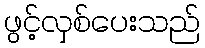
ဖွင့်လှစ်ပေးသည်